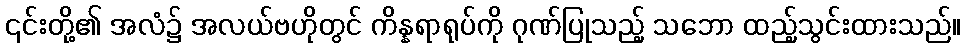
၎င်းတို့၏ အလံ၌ အလယ်ဗဟိုတွင် ကိန္နရာရုပ်ကို ဂုဏ်ပြုသည့် သဘော ထည့်သွင်းထားသည်။